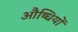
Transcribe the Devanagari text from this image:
औष्धियों